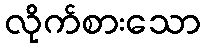
လိုက်စားသော